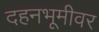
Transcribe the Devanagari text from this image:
दहनभूमीवर